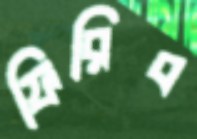
ফিরিব